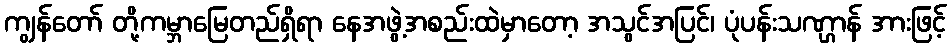
ကျွန်တော် တို့ကမ္ဘာမြေတည်ရှိရာ နေအဖွဲ့အစည်းထဲမှာတော့ အသွင်အပြင်၊ ပုံပန်းသဏ္ဌာန် အားဖြင့်